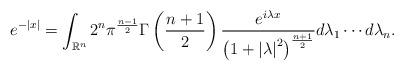
LaTeX: \begin{align*}e^{-\left|x\right|}=\int_{\mathbb{R}^{n}}2^{n}\pi^{\frac{n-1}{2}}\Gamma\left(\frac{n+1}{2}\right)\frac{e^{i\lambda x}}{\left(1+\left|\lambda\right|^{2}\right)^{\frac{n+1}{2}}}d\lambda_{1}\cdots d\lambda_{n}.\end{align*}